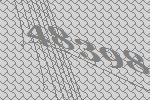
48398